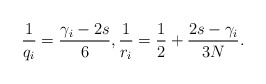
\begin{align*}\frac{1}{q_i}= \frac{\gamma_i-2s}{6}, \frac{1}{r_i}=\frac{1}{2}+ \frac{2s-\gamma_i}{3N}.\end{align*}